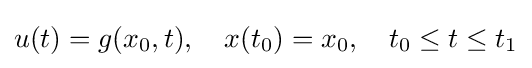
u(t)=g(x_{0},t),\quad x(t_{0})=x_{0},\quad t_{0}\leq t\leq t_{1}